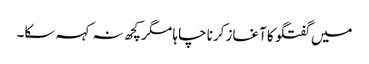
میں گفتگو کا آغاز کرنا چاہا مگر کچھ نہ کہہ سکا۔